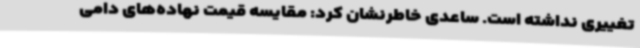
تغییری نداشته است. ساعدی خاطرنشان کرد: مقایسه قیمت نهاده‌های دامی